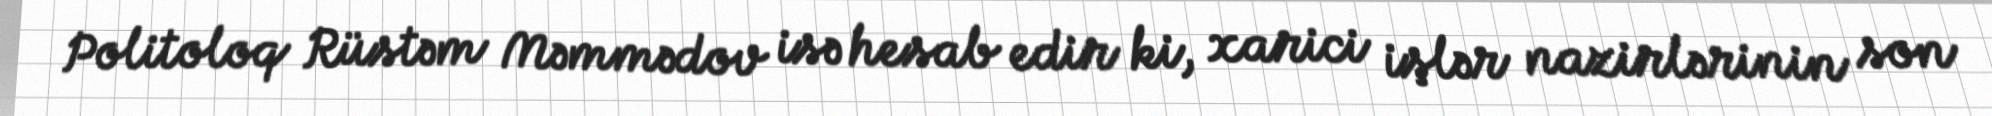
Politoloq Rüstəm Məmmədov isə hesab edir ki, xarici işlər nazirlərinin son